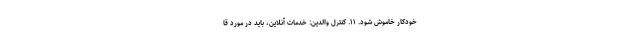
خودکار خاموش شود. ۱۱. کنترل والدین: خدمات آنلاین، باید در مورد قا